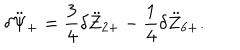
\delta \ddot { \Psi } _ { + } = \frac 3 4 \delta \ddot { Z } _ { 2 + } - \frac 1 4 \delta \ddot { Z } _ { 6 + } .